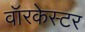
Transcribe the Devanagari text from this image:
वॉरकेस्टर